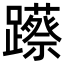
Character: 𮜨